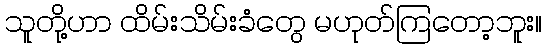
သူတို့ဟာ ထိမ်းသိမ်းခံတွေ မဟုတ်ကြတော့ဘူး။